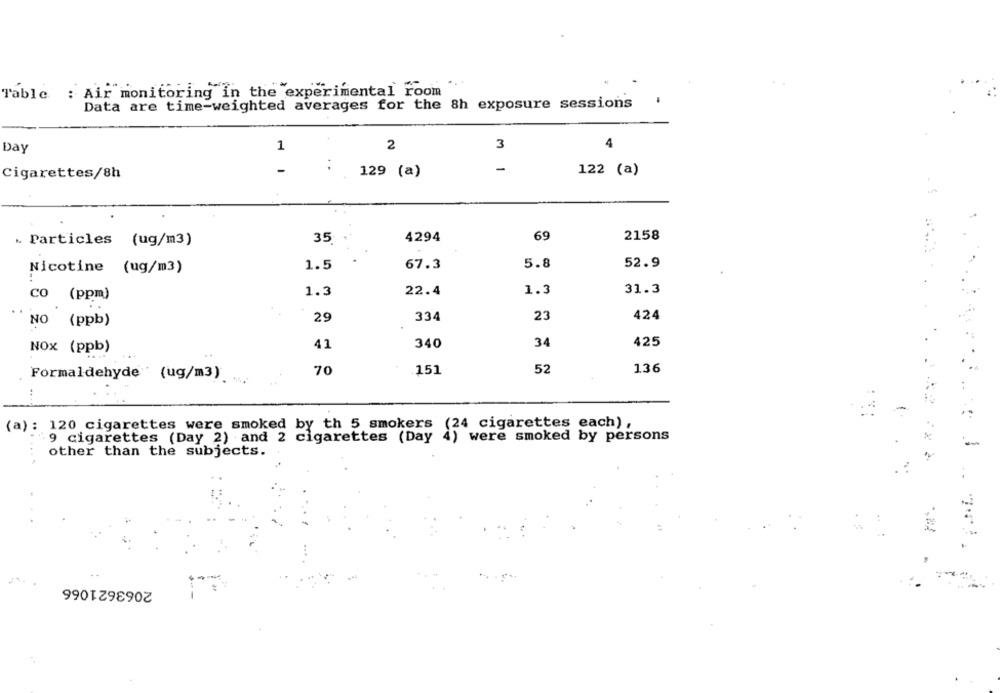
Table : Air monitoring in the experimental room
Data are time-weighted averages for the 8h exposure sessions
2
3
4
Day
1
-
-
129 (a)
122 (a)
Cigarettes/8h
69
2158
. Particles (ug/m3)
35
4294
5.8
52.9
Nicotine (ug/m3)
1.5
67.3
1.3
31.3
co (ppm)
1.3
22.4
29
334
23
424
NO (ppb)
41
340
34
425
NOX (ppb)
70
151
52
136
Formaldehyde (ug/m3)
..
(a): 120 cigarettes were smoked by th 5 smokers (24 cigarettes each),
9 cigarettes (Day 2) and 2 cigarettes (Day 4) were smoked by persons
other than the subjects.
2063621066